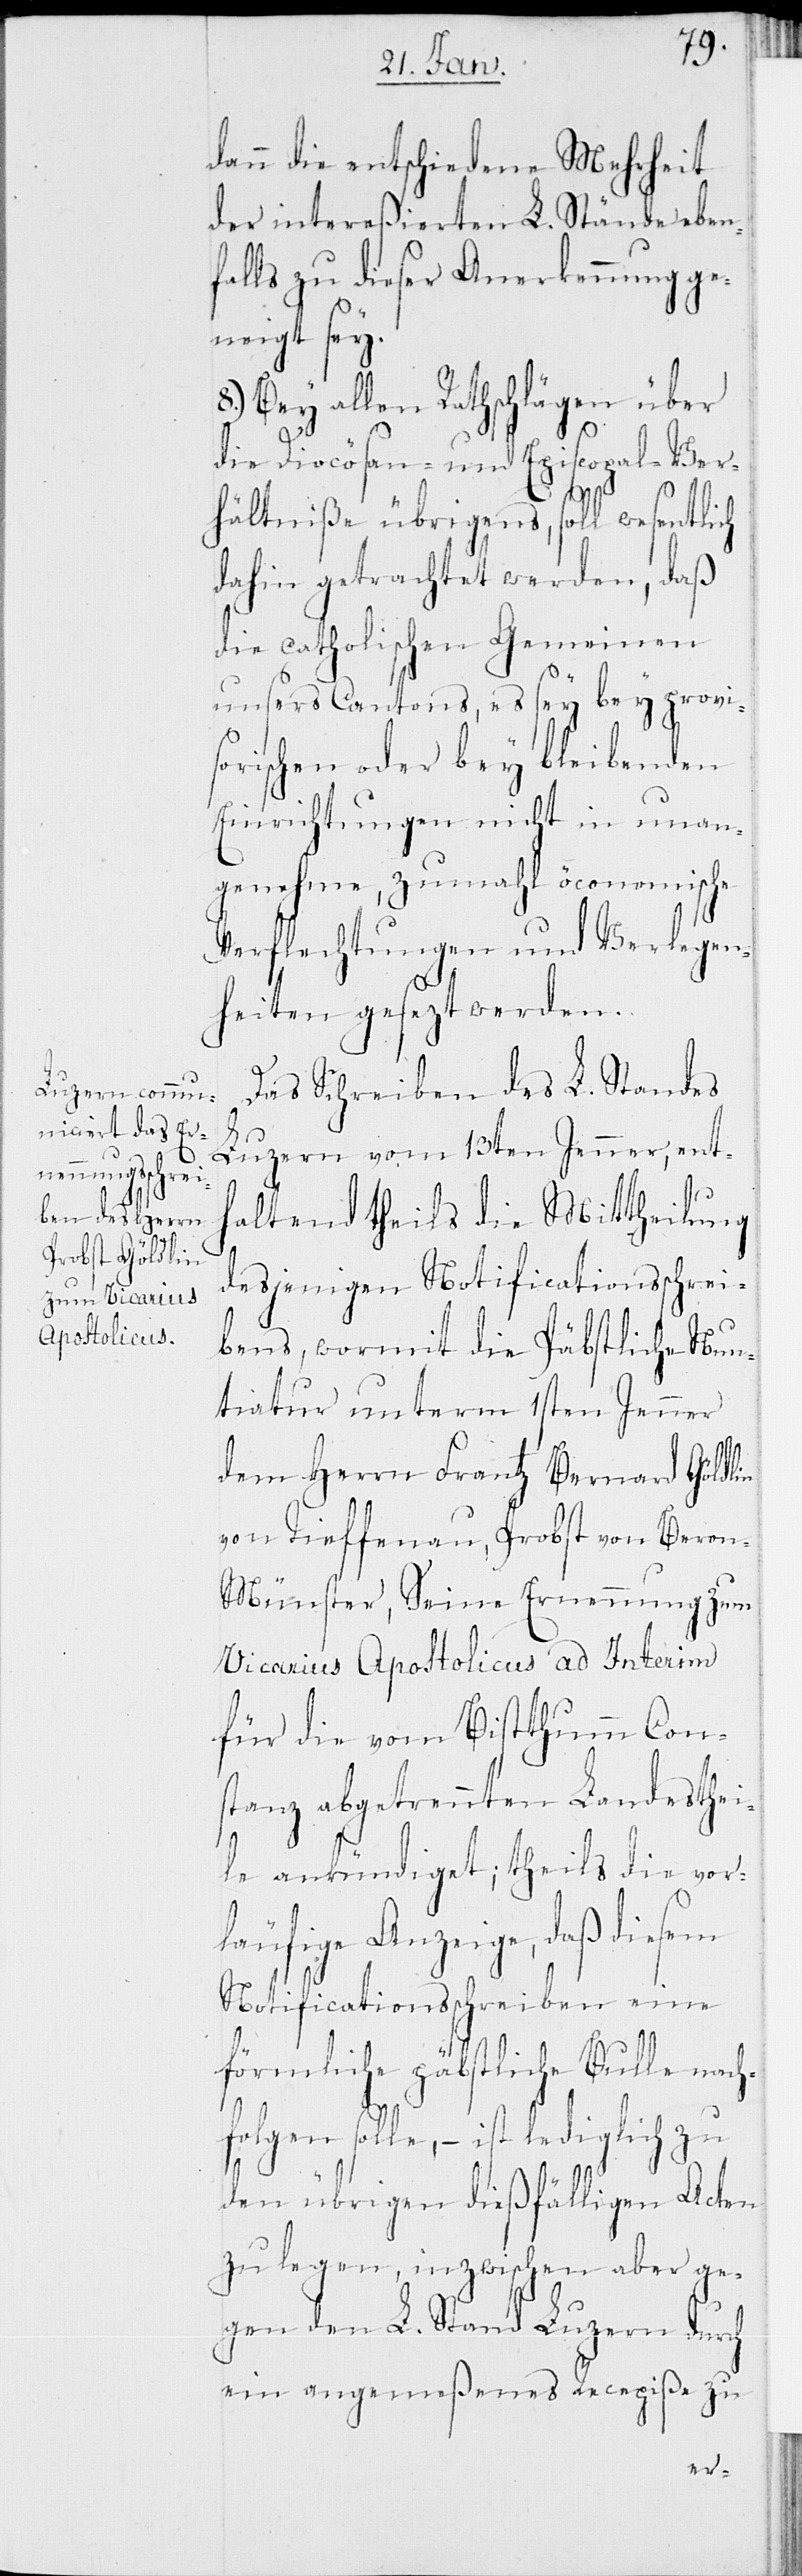
dann die entschiedene Mehrheit
der intereßierten L. Stände eben¬
falls zu dieser Anerkennung ge¬
neigt sey.
8.) Bey allen Rathschlägen über
die Diocösan- und Episcopal-Ver¬
hältniße übrigens, soll wesentlich
dahin getrachtet werden, daß
die catholischen Gemein[d]en
unsers Cantons, es sey bey provis¬
orischen oder bey bleibenden
Einrichtungen nicht in unan¬
genehme, zumahl öconomische
Verflechtungen und Verlegen¬
heiten gesezt werden.
Das Schreiben des L. Standes
Luzern vom 13ten Jenner, ent¬
haltend theils die Mittheilung
desjenigen Notificationsschrei¬
bens, wormit die Päbstliche Nun¬
tiatur unterm 1sten Jenner
dem Herrn Frantz Bernard Göldlin
von Tieffenau, Probst von Beron-M¬
ünster, Seine Ernennung zum
Vicarius Apostolicus ad Interim
für die vom Bisthum Con¬
stanz abgetrennten Landesthei¬
le ankündiget; theils die vor¬
läufige Anzeige, daß diesem
Notificationsschreiben eine
förmliche päbstliche Bulle nach¬
folgen solle, – ist lediglich zu
den übrigen dießfälligen Acten
zu legen, inzwischen aber ge¬
gen den L. Stand Luzern durch
ein angemeßenes Recepiße zu